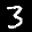
Label: 3